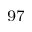
^ { 9 7 }